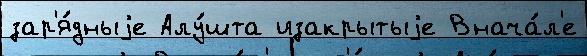
зар'я́дныjе Алу́шта изакрытыjе Внача́л'е